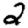
Digit: 2